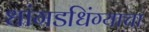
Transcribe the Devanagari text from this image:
धांगडधिंग्याचा